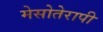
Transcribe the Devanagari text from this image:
मेसोतेरापी